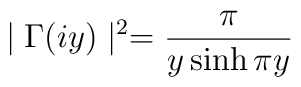
\mid \Gamma (iy)\mid ^2=\frac \pi {y\sinh \pi y}